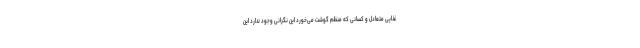
غذایی متعادل و کسانی که منظم گوشت می‌خورد این نگرانی وجود ندارد این